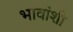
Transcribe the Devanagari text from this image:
भावांशी